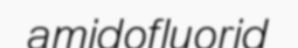
amidofluorid